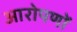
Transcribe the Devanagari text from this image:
आरोपणों